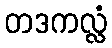
တဒကလ္လံ